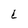
Character: l